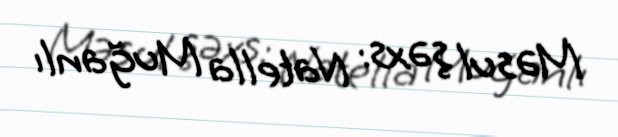
Məsul şəxs: Natella Muğanlı